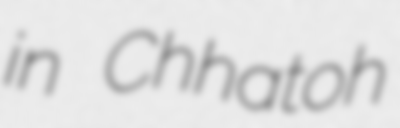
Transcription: in Chhatoh